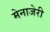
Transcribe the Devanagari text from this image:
मेनाजेरी